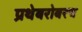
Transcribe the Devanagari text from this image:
प्रथेबरोबरच